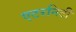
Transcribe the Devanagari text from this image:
एटरनिटी